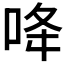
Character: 𠲓